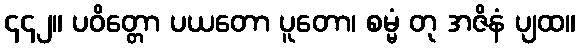
၄၄၂။ ပဝိတ္တော ပယတော ပူတော၊ စမ္မံ တု အဇိနံ ပျထ။